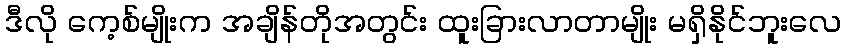
ဒီလို ကေ့စ်မျိုးက အချိန်တိုအတွင်း ထူးခြားလာတာမျိုး မရှိနိုင်ဘူးလေ